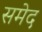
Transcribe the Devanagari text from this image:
समेद